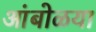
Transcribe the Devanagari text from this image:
आंबोळया